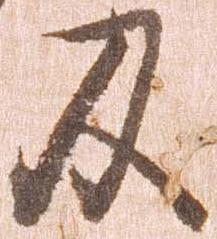
及